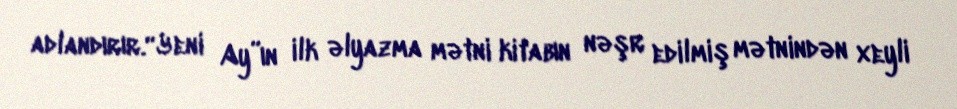
adlandırır.“Yeni Ay”ın ilk əlyazma mətni kitabın nəşr edilmiş mətnindən xeyli